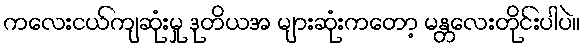
ကလေးငယ်ကျဆုံးမှု ဒုတိယအ များဆုံးကတော့ မန္တလေးတိုင်းပါပဲ။